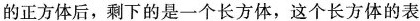
的正方体后，剩下的是一个长方体，这个长方体的表